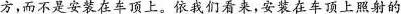
方，而不是安装在车顶上。依我们看来，安装在车顶上照射的